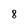
Character: 8